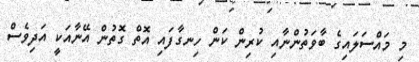
މި މައްސަލައިގެ ބާވަތުންނާއި ކުރިން ކަން ހިނގާފައި އޮތް ގޮތުން އޭނާއަކީ އަދިވެސް